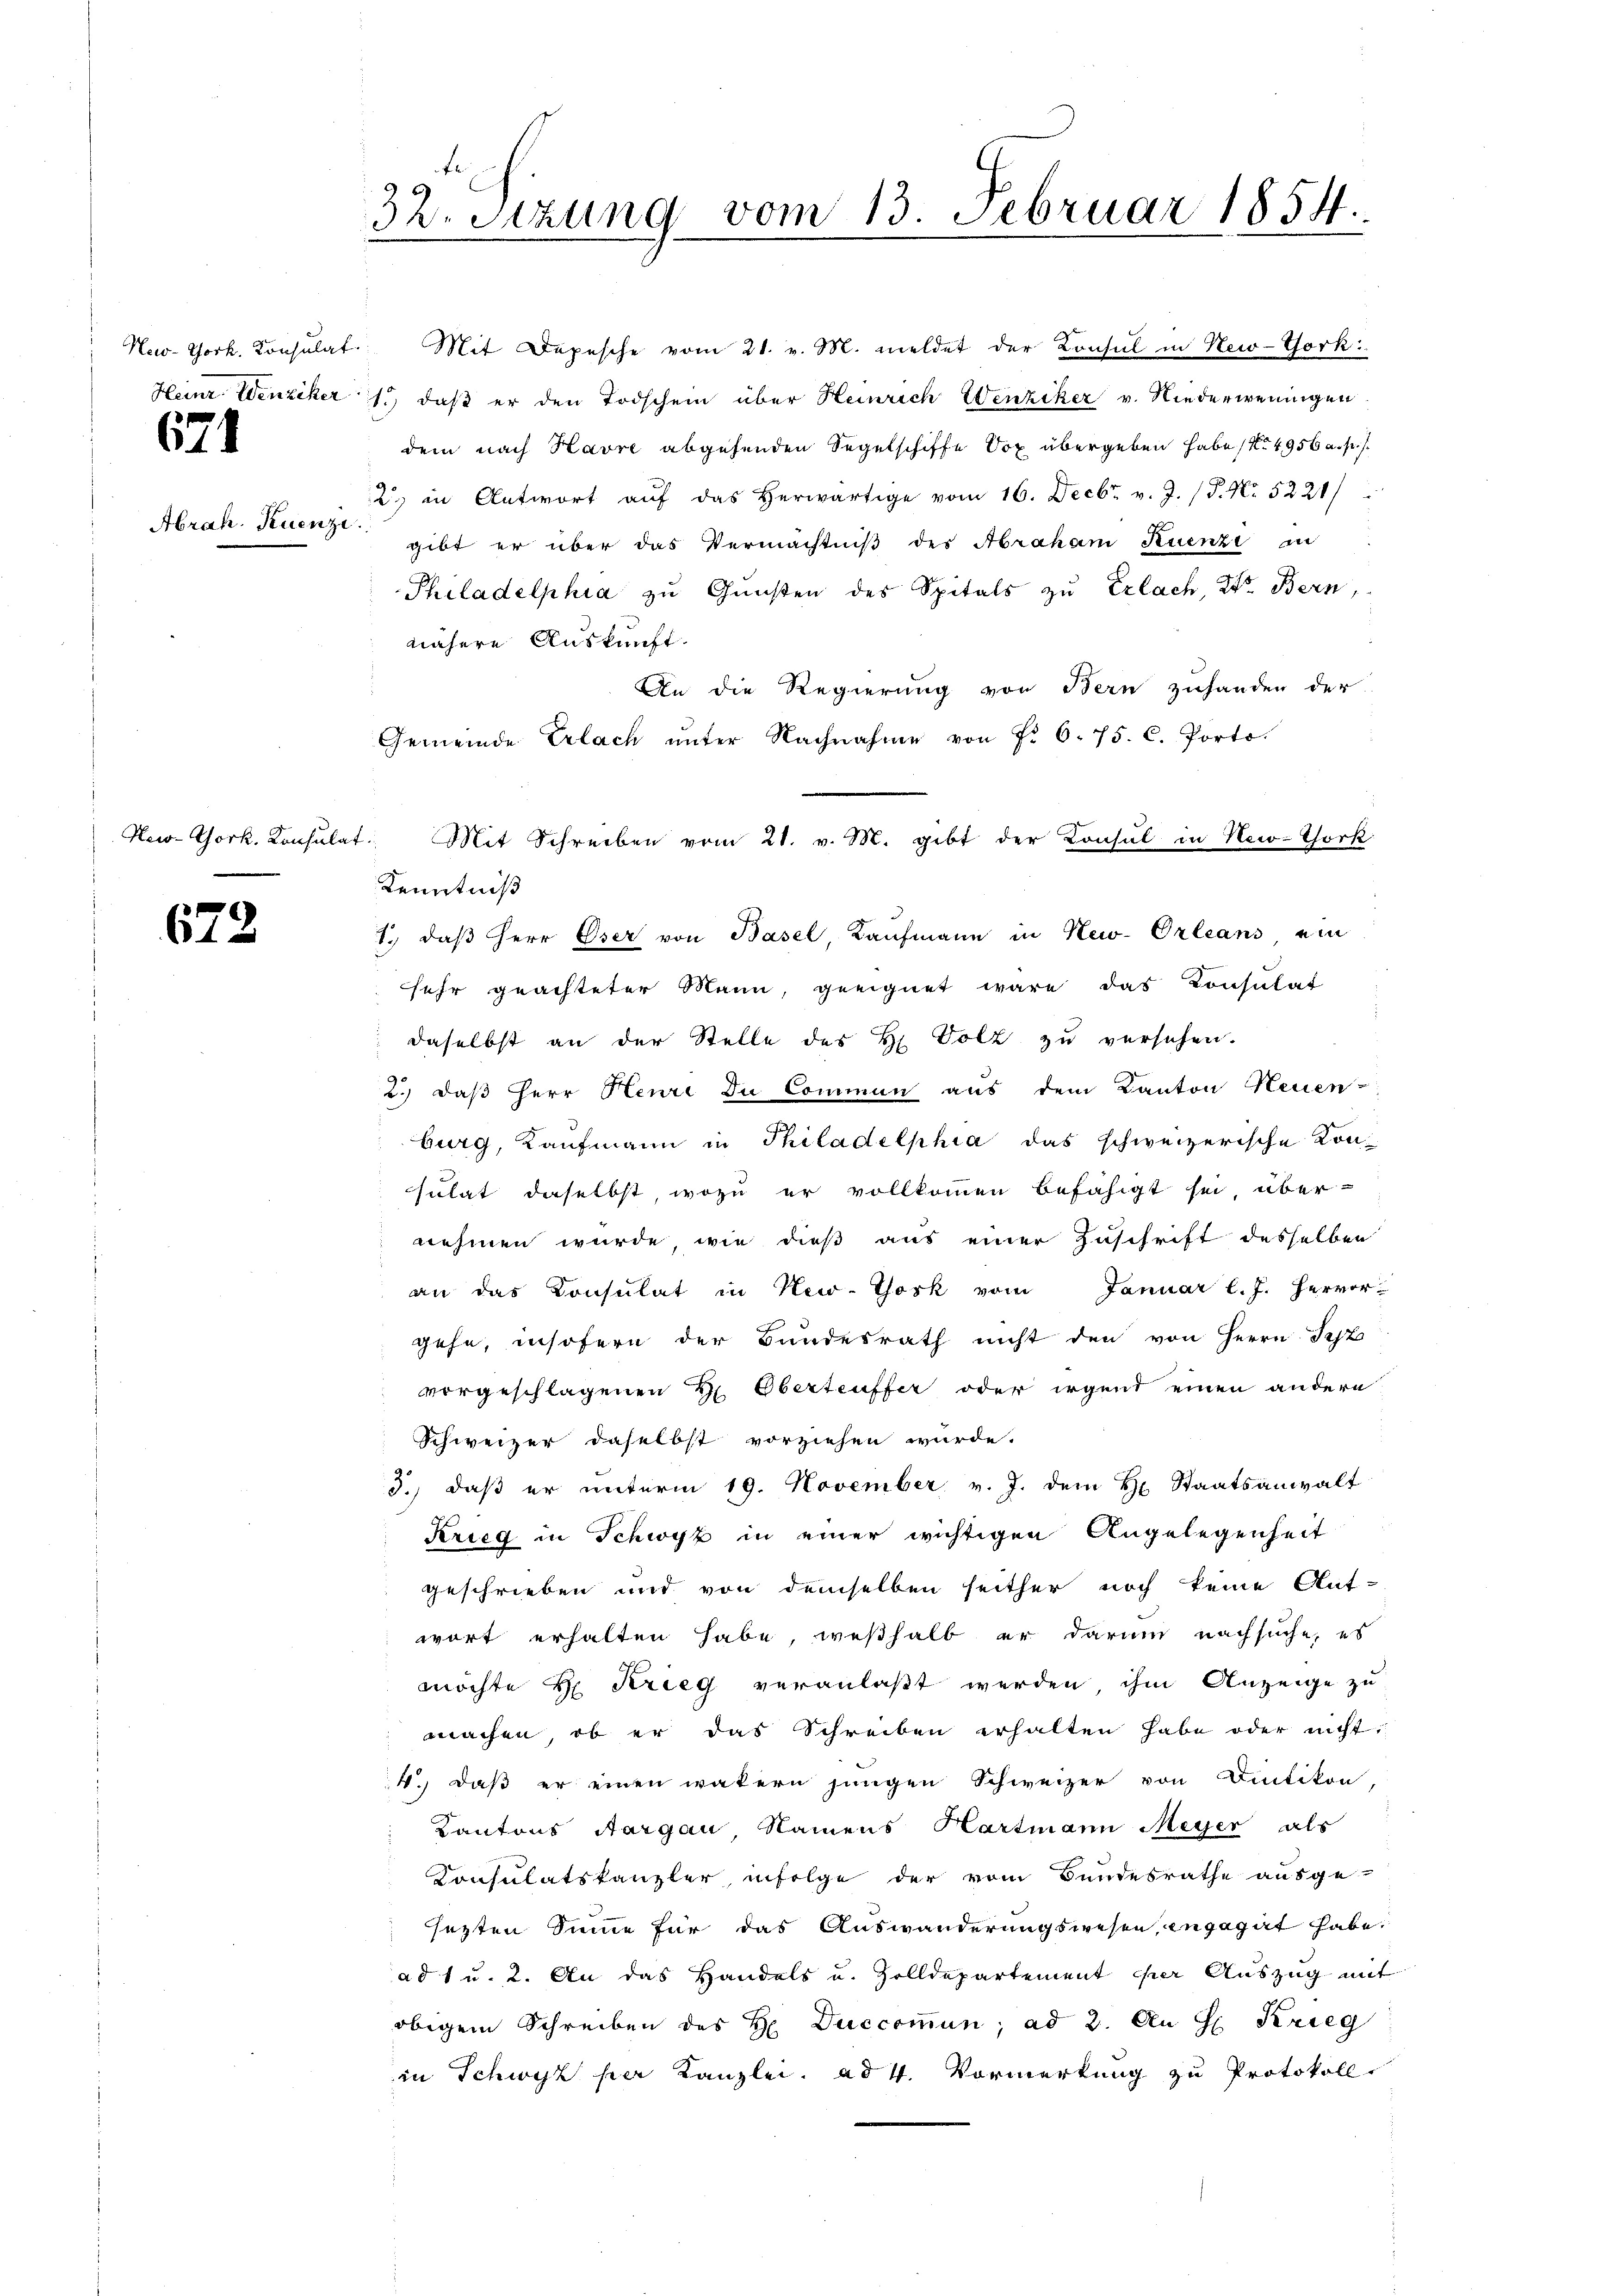
671
Abrah. Kuenze.

672

32. Sitzung vom 13. Februar 1854.

gibt er über das Vermächtniβ des Abraham Kuenzi in
Philadelphia zŭ Gŭnsten des Spitals zu Erlach, Str. Bern,
nähere Auskunft.
An die Regierung von Bern zuhanden der
Gemeinde Erlach unter Nachnahme von Fr. 6. 75. C. Porto.
New-York. Konsulat Mit Schreiben vom 21. v. M. gibt der Konsul in New-Thork
Kenntniß
1., daß Herr Oser von Basel, Kaufmann in New-Orleans ein
sehr geachteter Mann, geeignet wäre das Consulat
daselbst an der Stelle des H. Volz zu versehen.
2.) daß Herr Henri du Commen aus dem Kanton Neuen-
burg, Kaufmann in Philadelphia das schweizerische Konsulat daselbst, wozu er vollkommen befähigt sei, übernehmen wurde, wie dieß aus einer Zuschrift desselben
an das Konsulat in New-York vom Januar l. J. hervor-
gehe, insofern der Bundesrath nicht den von Herrn Sept
vorgeschlagenen H. Oberteuffer oder irgend einen andern
Schweizer daselbst vorziehen wurde.
3.) daß er unterm 19. November v. J. dem H. Staatsanwalt
Krieg in Schwyz in einer wichtigen Angelegenheit
geschrieben und von demselben seither noch keine Ant-
wort erhalten habe, weßhalb er darum nachsuche, es
möchte H. Krieg veranlaßt werden ihm Anzeige zu
machen, ob er das Schreiben erhalten habe oder nicht:
4.) Daß er einen vatern jungen Schweizer von Dietikon,
Kantons Aargau, Namens Hartmann Meyer als
Consulatskanzler, infolge der vom Bundesrathe ausge-
sezten Summe für das Auswanderungswesen, engagirt habe,
ad 1 u. 2. An das Handels u. Zolldepartement der Auszug mit
obigem Schreiben des H. Duccoṁun, ad 2. An H. Krieg
in Schwyz per Kanzlei, ad 4. Vormerkung zu Protokoll.

New-York. Konsulat. Mit Depesche vom 21. v. M. meldet der Konsul in New-York
Heinr. Wenziker 1) daß er den Todschein über Heinrich Wenziker v. Niederweningen
dem nach Havre abgehenden Segelschiffe Oox übergeben habe (4956 f.
2) in Antwort aŭf das herwärtige vom 16. Decbr. v. J. (T. No. 5221/